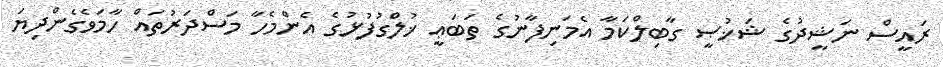
ރައީސް ނަޝީދުގެ ޝަޚުޞީ ގާބިލްކަމާ އެމަނިފާނުގެ ތަބަޢީ ޚުލްގުފުޅުގެ އެންމެހާ މަސްދަރުތައް ހާމަވެގެންދިޔަ